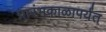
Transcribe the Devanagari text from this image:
प्रारंभकाळापर्यंत